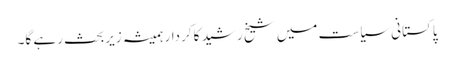
پاکستانی سیاست میں شیخ رشید کا کردار ہمیشہ زیرِبحث رہے گا۔